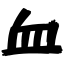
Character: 血